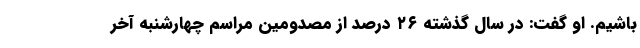
باشیم. او گفت: در سال گذشته ۲۶ درصد از مصدومین مراسم چهارشنبه آخر